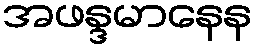
အဖန္ဒမာနေန